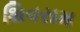
શિવરામ